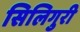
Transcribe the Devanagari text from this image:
सिलिगुरी